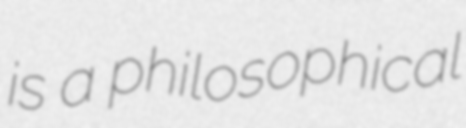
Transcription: is a philosophical